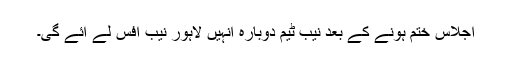
اجلاس ختم ہونے کے بعد نیب ٹیم دوبارہ انہیں لاہور نیب آفس لے آئے گی۔